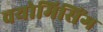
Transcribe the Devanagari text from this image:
वयोमिसिंग